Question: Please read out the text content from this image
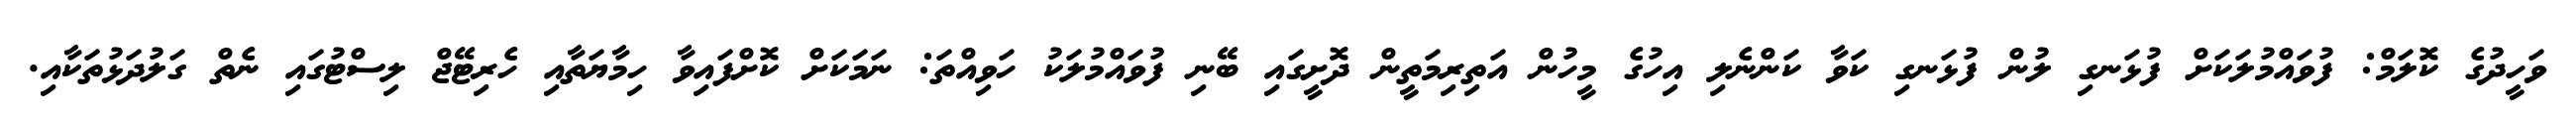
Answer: ވަހީދުގެ ކޮލަމް: ފުވައްމުލަކަށް ފުޅަނގި ލުން ފުޅަނގި ކަވާ ކަންނެލި އިހުގެ މީހުން އަތިރިމަތީން ދޮށީގައި ބޭނި ފުވައްމުލަކު ހަވިއްތަ: ނަމަކަށް ކޮށްފައިވާ ހިމާޔަތާއި ހެރިޓޭޖް ލިސްޓުގައި ނެތް ގަލުދަޅުތަކާއި.